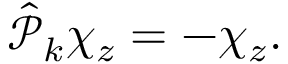
\begin{array} { r } { \hat { \mathcal P } _ { k } \chi _ { z } = - \chi _ { z } . } \end{array}